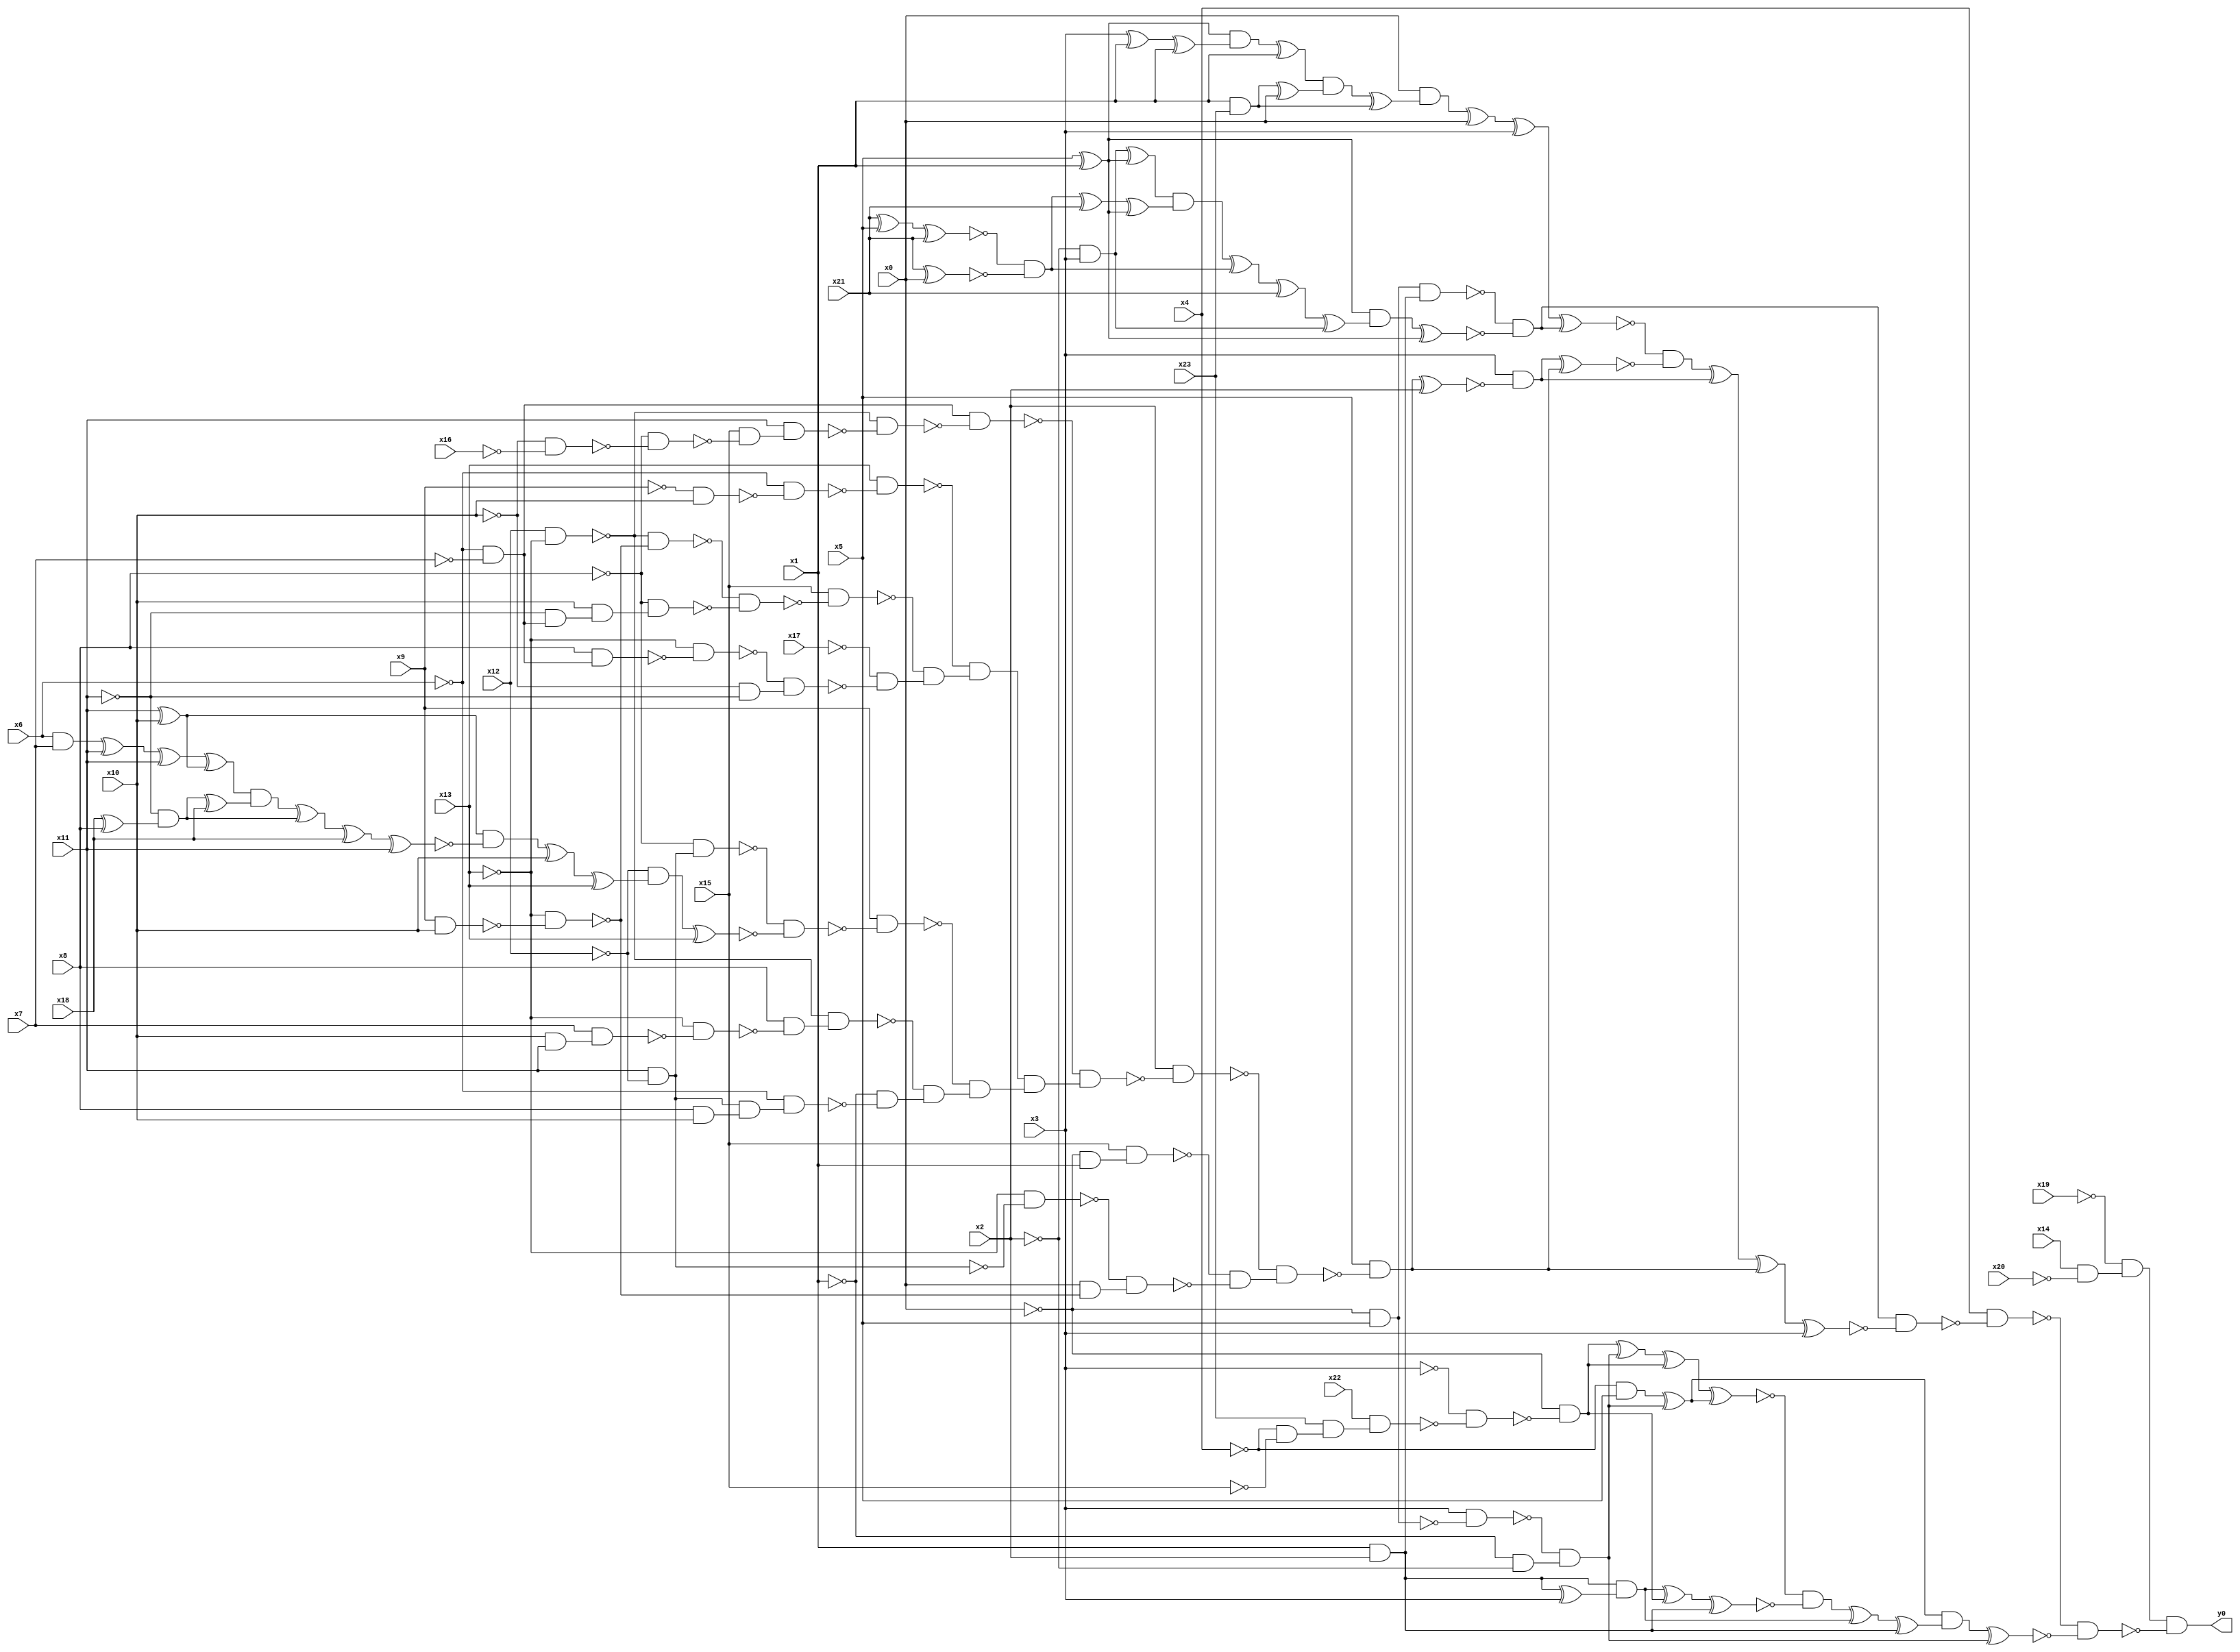
module top( x0 , x1 , x2 , x3 , x4 , x5 , x6 , x7 , x8 , x9 , x10 , x11 , x12 , x13 , x14 , x15 , x16 , x17 , x18 , x19 , x20 , x21 , x22 , x23 , y0 );
  input x0 , x1 , x2 , x3 , x4 , x5 , x6 , x7 , x8 , x9 , x10 , x11 , x12 , x13 , x14 , x15 , x16 , x17 , x18 , x19 , x20 , x21 , x22 , x23 ;
  output y0 ;
  wire n25 , n26 , n27 , n28 , n29 , n30 , n31 , n32 , n33 , n34 , n35 , n36 , n37 , n38 , n39 , n40 , n41 , n42 , n43 , n44 , n45 , n46 , n47 , n48 , n49 , n50 , n51 , n52 , n53 , n54 , n55 , n56 , n57 , n58 , n59 , n60 , n61 , n62 , n63 , n64 , n65 , n66 , n67 , n68 , n69 , n70 , n71 , n72 , n73 , n74 , n75 , n76 , n77 , n78 , n79 , n80 , n81 , n82 , n83 , n84 , n85 , n86 , n87 , n88 , n89 , n90 , n91 , n92 , n93 , n94 , n95 , n96 , n97 , n98 , n99 , n100 , n101 , n102 , n103 , n104 , n105 , n106 , n107 , n108 , n109 , n110 , n111 , n112 , n113 , n114 , n115 , n116 , n117 , n118 , n119 , n120 , n121 , n122 , n123 , n124 , n125 , n126 , n127 , n128 , n129 , n130 , n131 , n132 , n133 , n134 , n135 , n136 , n137 , n138 , n139 , n140 , n141 , n142 , n143 , n144 , n145 , n146 , n147 , n148 , n149 , n150 , n151 , n152 , n153 , n154 , n155 , n156 , n157 , n158 , n159 ;
  assign n25 = x14 & ~x20 ;
  assign n26 = ~x19 & n25 ;
  assign n27 = ~x0 & x5 ;
  assign n28 = x1 & x2 ;
  assign n29 = n27 & n28 ;
  assign n30 = x5 ^ x1 ;
  assign n31 = ~x2 & x3 ;
  assign n32 = n31 ^ n30 ;
  assign n33 = x21 ^ x5 ;
  assign n34 = n33 ^ x21 ;
  assign n35 = x21 ^ x0 ;
  assign n36 = ~n34 & ~n35 ;
  assign n37 = n36 ^ x21 ;
  assign n38 = n37 ^ n30 ;
  assign n39 = n32 & n38 ;
  assign n40 = n39 ^ n36 ;
  assign n41 = n40 ^ x21 ;
  assign n42 = n41 ^ n31 ;
  assign n43 = n30 & n42 ;
  assign n44 = n43 ^ n30 ;
  assign n45 = ~n29 & ~n44 ;
  assign n46 = x3 ^ x1 ;
  assign n47 = n46 ^ x1 ;
  assign n48 = n30 & n47 ;
  assign n49 = n48 ^ x1 ;
  assign n50 = x1 & x23 ;
  assign n51 = n50 ^ x0 ;
  assign n52 = n49 & n51 ;
  assign n53 = n52 ^ n50 ;
  assign n54 = x0 & n53 ;
  assign n55 = n54 ^ x0 ;
  assign n56 = n55 ^ x3 ;
  assign n57 = n56 ^ n45 ;
  assign n58 = ~x6 & ~x7 ;
  assign n59 = x12 & ~x13 ;
  assign n60 = ~x10 & ~x16 ;
  assign n61 = ~x8 & ~n60 ;
  assign n62 = x15 & ~n61 ;
  assign n63 = x11 & n62 ;
  assign n64 = ~n59 & ~n63 ;
  assign n65 = n58 & ~n64 ;
  assign n66 = ~x9 & x10 ;
  assign n67 = ~x6 & ~n66 ;
  assign n68 = x13 & ~n67 ;
  assign n69 = x9 & x10 ;
  assign n70 = ~x13 & ~n69 ;
  assign n71 = ~n59 & ~n70 ;
  assign n72 = ~x11 & n58 ;
  assign n73 = x10 & n72 ;
  assign n74 = ~x8 & n73 ;
  assign n75 = ~n71 & ~n74 ;
  assign n76 = x15 & ~n75 ;
  assign n77 = x8 & n58 ;
  assign n78 = ~x13 & ~n77 ;
  assign n79 = ~x10 & ~x11 ;
  assign n80 = ~n78 & n79 ;
  assign n81 = ~x17 & ~n80 ;
  assign n82 = ~n76 & n81 ;
  assign n83 = ~n68 & n82 ;
  assign n84 = x11 & ~x12 ;
  assign n85 = ~x8 & n84 ;
  assign n86 = x11 ^ x10 ;
  assign n87 = x6 & x7 ;
  assign n88 = n87 ^ x11 ;
  assign n89 = n88 ^ x11 ;
  assign n90 = n89 ^ n86 ;
  assign n91 = x18 ^ x8 ;
  assign n92 = ~x11 & n91 ;
  assign n93 = n92 ^ x18 ;
  assign n94 = n90 & n93 ;
  assign n95 = n94 ^ n92 ;
  assign n96 = n95 ^ x18 ;
  assign n97 = n96 ^ x11 ;
  assign n98 = n86 & ~n97 ;
  assign n99 = n98 ^ x10 ;
  assign n100 = n99 ^ x13 ;
  assign n101 = ~x12 & n100 ;
  assign n102 = n101 ^ x13 ;
  assign n103 = ~n85 & ~n102 ;
  assign n104 = x9 & ~n103 ;
  assign n105 = x10 & x11 ;
  assign n106 = x7 & n105 ;
  assign n107 = ~x13 & ~n106 ;
  assign n108 = x8 & ~n107 ;
  assign n109 = ~n59 & n108 ;
  assign n110 = x8 & x10 ;
  assign n111 = n84 & n110 ;
  assign n112 = ~x6 & n111 ;
  assign n113 = ~x1 & ~n112 ;
  assign n114 = ~n109 & n113 ;
  assign n115 = ~n104 & n114 ;
  assign n116 = n83 & n115 ;
  assign n117 = ~n65 & n116 ;
  assign n118 = x2 & ~n117 ;
  assign n119 = ~x0 & x1 ;
  assign n120 = x15 & n119 ;
  assign n121 = ~x13 & ~n84 ;
  assign n122 = x0 & ~n70 ;
  assign n123 = ~n121 & n122 ;
  assign n124 = ~n120 & ~n123 ;
  assign n125 = ~n118 & n124 ;
  assign n126 = x5 & ~n125 ;
  assign n127 = n126 ^ x2 ;
  assign n128 = x3 & ~n127 ;
  assign n129 = n128 ^ n126 ;
  assign n130 = ~n57 & ~n129 ;
  assign n131 = n130 ^ n128 ;
  assign n132 = n131 ^ n126 ;
  assign n133 = n132 ^ x3 ;
  assign n134 = n45 & ~n133 ;
  assign n135 = x4 & ~n134 ;
  assign n139 = ~x4 & x5 ;
  assign n136 = x3 & ~n27 ;
  assign n137 = ~x1 & ~x2 ;
  assign n138 = ~n136 & n137 ;
  assign n140 = n139 ^ n138 ;
  assign n141 = ~x4 & ~x15 ;
  assign n142 = x23 & n141 ;
  assign n143 = x22 & n142 ;
  assign n144 = ~x3 & ~n143 ;
  assign n145 = ~x0 & ~n144 ;
  assign n146 = n145 ^ n138 ;
  assign n147 = n146 ^ n145 ;
  assign n148 = n147 ^ n140 ;
  assign n149 = n28 ^ x3 ;
  assign n150 = n28 & n149 ;
  assign n151 = n150 ^ n145 ;
  assign n152 = n151 ^ n28 ;
  assign n153 = ~n148 & ~n152 ;
  assign n154 = n153 ^ n150 ;
  assign n155 = n154 ^ n28 ;
  assign n156 = n140 & n155 ;
  assign n157 = n156 ^ n138 ;
  assign n158 = ~n135 & ~n157 ;
  assign n159 = n26 & ~n158 ;
  assign y0 = n159 ;
endmodule